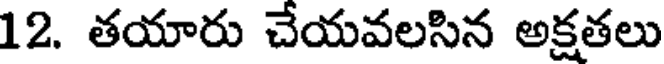
12. తయారు చేయవలసిన అక్షతలు